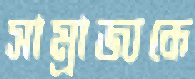
সাম্রাজ্যকে